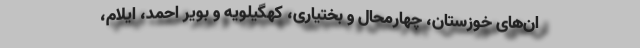
ان‌های خوزستان، چهارمحال و بختیاری، کهگیلویه و بویر احمد، ایلام،